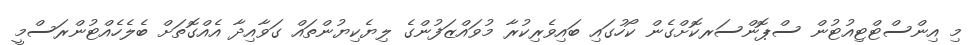
މި އިންސްޓްޓިއުޓުން ސްޕޮންސަރކޮށްގެން ކޯހުގައި ބައިވެރިކުރާ މުވައްޒަފުންގެ ލިޔެކިޔުންތައް ގަވާއިދާ އެއްގޮތަށް ބެލެހެއްޓުންރަސްމީ